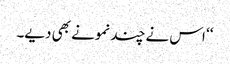
‘‘ اس نے چند نمونے بھی دیے۔